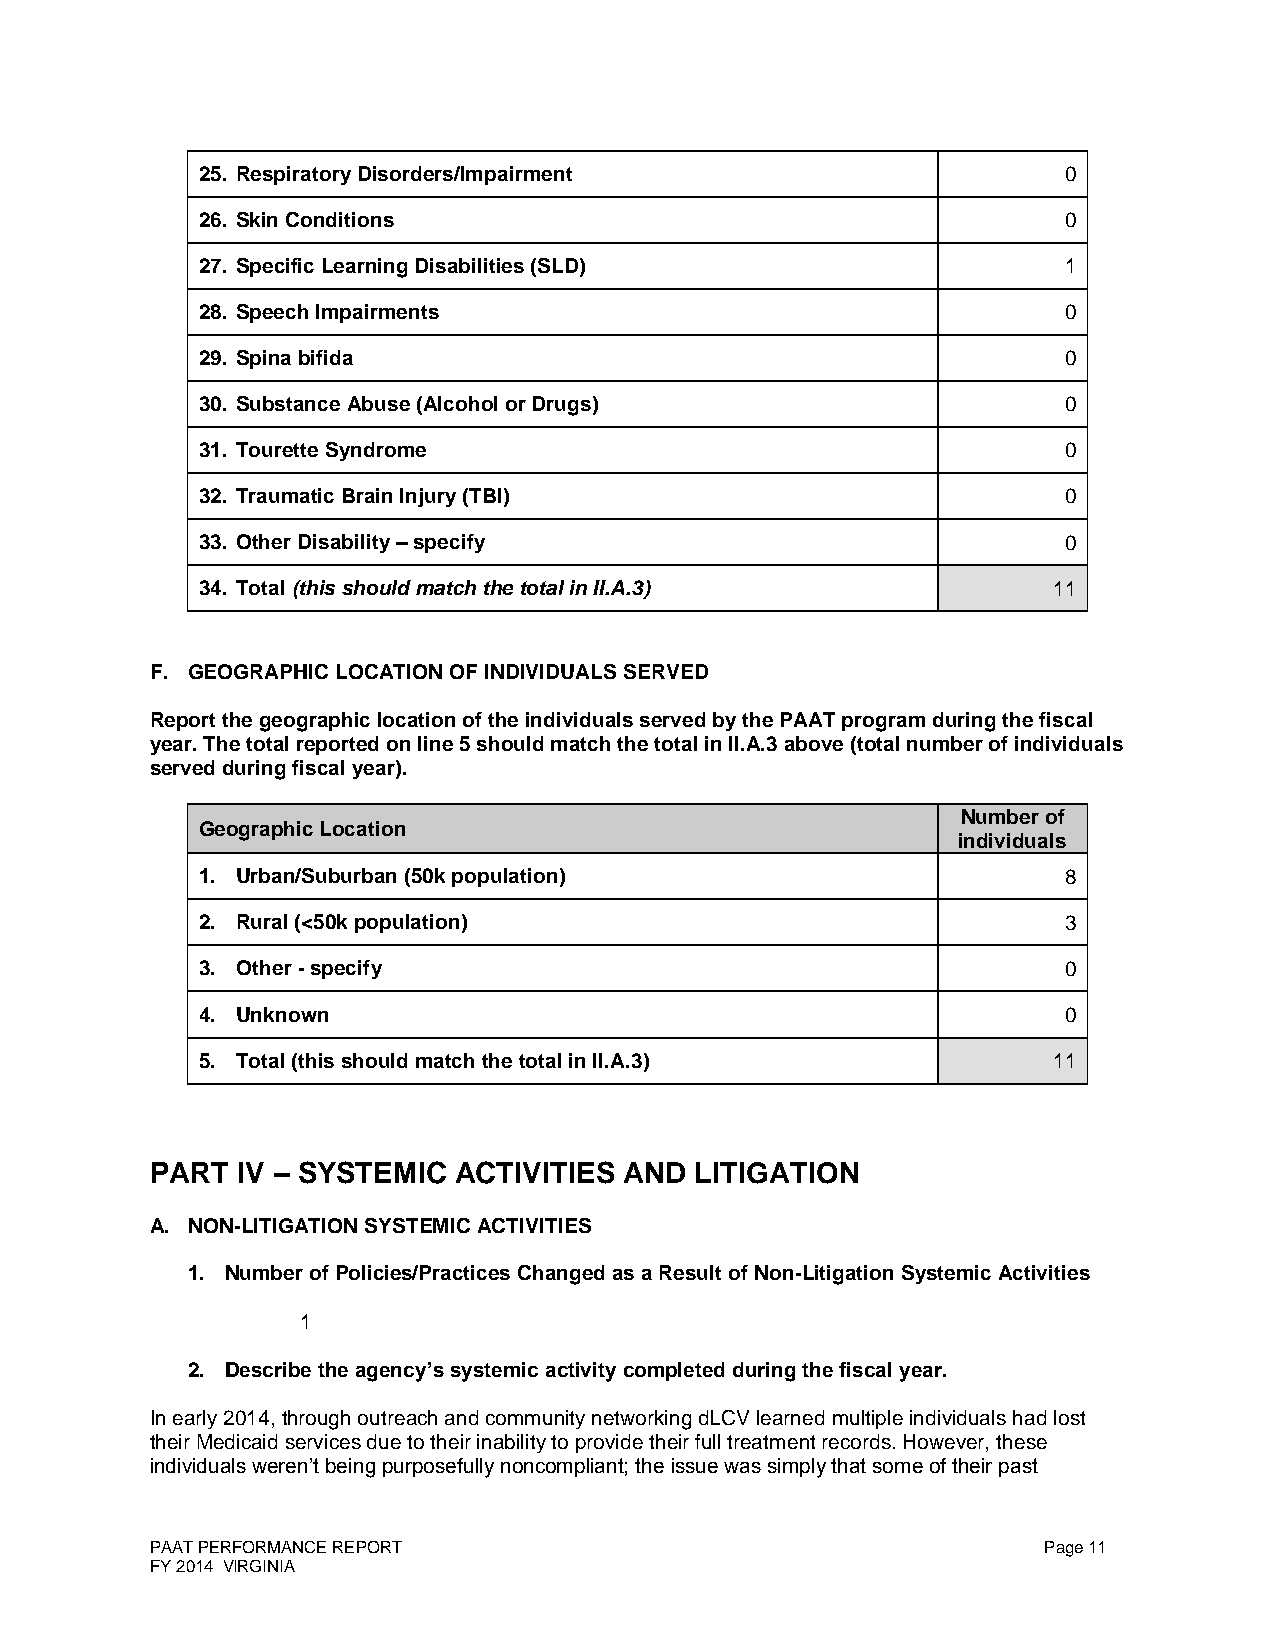
25. Respiratory Disorders/Impairment                      0
 26. Skin Conditions                                       0
 27. Specific Learning Disabilities (SLD)                  1
 28. Speech Impairments                                    0
 29. Spina bifida                                          0
 30. Substance Abuse (Alcohol or Drugs)                    0
 31. Tourette Syndrome                                     0
 32. Traumatic Brain Injury (TBI)                          0
 33. Other Disability – specify                            0
 34. Total (this should match the total in II.A.3)        11
 F. GEOGRAPHIC LOCATION OF INDIVIDUALS SERVED
 Report the geographic location of the individuals served by the PAAT program during the fiscal
 year. The total reported on line 5 should match the total in II.A.3 above (total number of individuals
 served during fiscal year).
 Number of
 Geographic Location
 individuals
 1. Urban/Suburban (50k population)                        8
 2. Rural (<50k population)                                3
 3. Other - specify                                        0
 4. Unknown                                                0
 5. Total (this should match the total in II.A.3)         11
 PART  IV – SYSTEMIC ACTIVITIES AND  LITIGATION
 A. NON-LITIGATION SYSTEMIC ACTIVITIES
 1. Number of Policies/Practices Changed as a Result of Non-Litigation Systemic Activities
 1
 2. Describe the agency’s systemic activity completed during the fiscal year.
 In early 2014, through outreach and community networking dLCV learned multiple individuals had lost
 their Medicaid services due to their inability to provide their full treatment records. However, these
 individuals weren’t being purposefully noncompliant; the issue was simply that some of their past
 PAAT PERFORMANCE REPORT                                    Page 11
 FY 2014 VIRGINIA